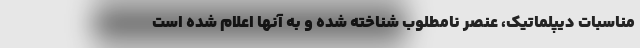
مناسبات دیپلماتیک، عنصر نامطلوب شناخته شده و به آنها اعلام شده است